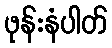
ဖုန်းနံပါတ်